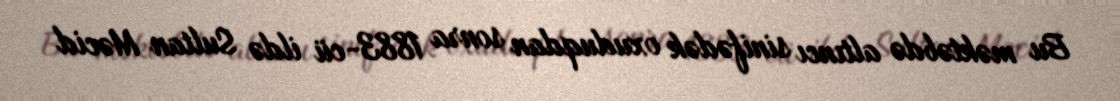
Bu məktəbdə altıncı sinifədək oxuduqdan sonra 1883-cü ildə Sultan Məcid